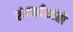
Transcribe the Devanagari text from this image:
संपर्काक्रांती